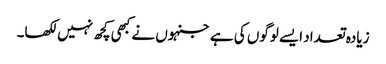
زیادہ تعداد ایسے لوگوں کی ہے جنہوں نے کبھی کچھ نہیں لکھا۔